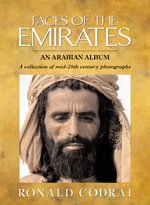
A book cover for Faces of the Emirates; Ronald Codrai; History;